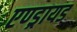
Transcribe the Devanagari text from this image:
एण्ड्रायड